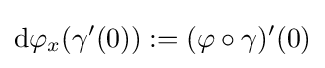
{\mathrm {d} {\varphi }_{x}}(\gamma '(0)):=(\varphi \circ \gamma )'(0)